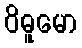
ဝိဓူမော